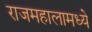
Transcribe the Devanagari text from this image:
राजमहालामध्ये